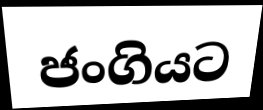
ජංගියට